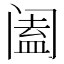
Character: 阖